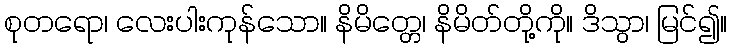
စုတရော၊ လေးပါးကုန်သော။ နိမိတ္တေ၊ နိမိတ်တို့ကို။ ဒိသွာ၊ မြင်၍။